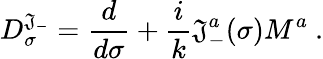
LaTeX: D_{\sigma}^{\mathfrak{J}_{-}}=\frac{{d}}{{d\sigma}}+\frac{{i}}{{k}}\mathfrak{J}_{-}^{a}(\sigma)M^{a}~.